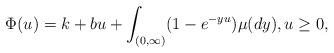
LaTeX: \begin{align*}\Phi(u) = k + bu + \int_{(0,\infty)} (1 - e^{-yu}) \mu(dy), u \geq 0,\end{align*}